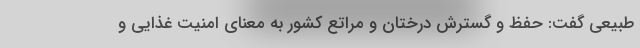
طبیعی گفت: حفظ و گسترش درختان و مراتع کشور به معنای امنیت غذایی و